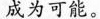
成为可能。